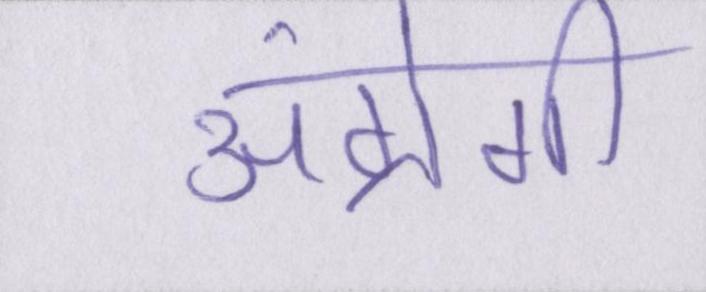
अंग्रेगी